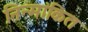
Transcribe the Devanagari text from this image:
निन्मांकित